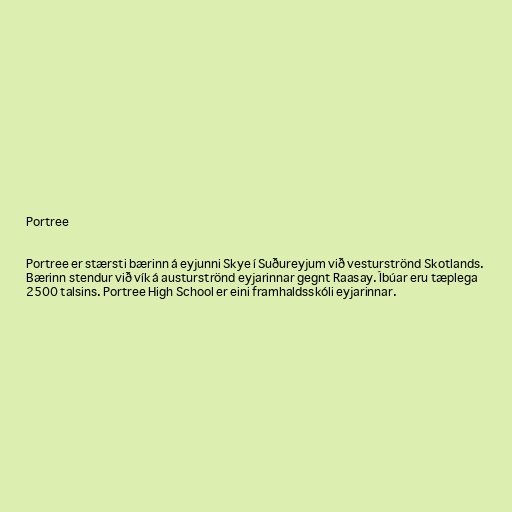
Portree

Portree er stærsti bærinn á eyjunni Skye í Suðureyjum við vesturströnd Skotlands.
Bærinn stendur við vík á austurströnd eyjarinnar gegnt Raasay. Íbúar eru tæplega
2500 talsins. Portree High School er eini framhaldsskóli eyjarinnar.